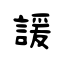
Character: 諼